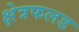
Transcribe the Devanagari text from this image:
क्षेत्रफलड